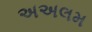
અઅલમ